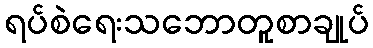
ရပ်စဲရေးသဘောတူစာချုပ်